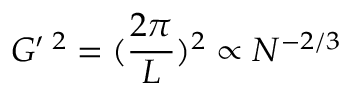
G ^ { \prime } \, ^ { 2 } = ( \frac { 2 \pi } { L } ) ^ { 2 } \propto N ^ { - 2 / 3 }